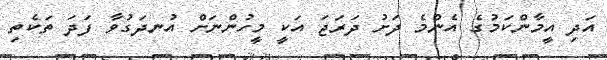
އަދި އީމާންކަމުގެ އެންމެ ދަށު ދަރަޖަ އަކީ މީހުންނަށް އުނދަގުވާ ފަދަ ތަކެތި